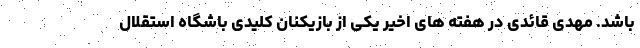
باشد. مهدی قائدی در هفته های اخیر یکی از بازیکنان کلیدی باشگاه استقلال